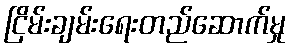
ငြိမ်းချမ်းရေးတည်ဆောက်မှု